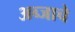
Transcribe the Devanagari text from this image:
अब्जाचे